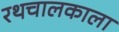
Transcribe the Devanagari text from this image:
रथचालकाला